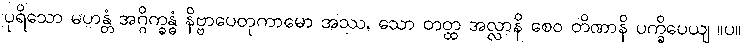
ပုရိသော မဟန္တံ အဂ္ဂိက္ခန္ဓံ နိဗ္ဗာပေတုကာမော အဿ, သော တတ္ထ အလ္လာနိ စေဝ တိဏာနိ ပက္ခိပေယျ ။ပ။